Report on horse surra - Volume II, Part II
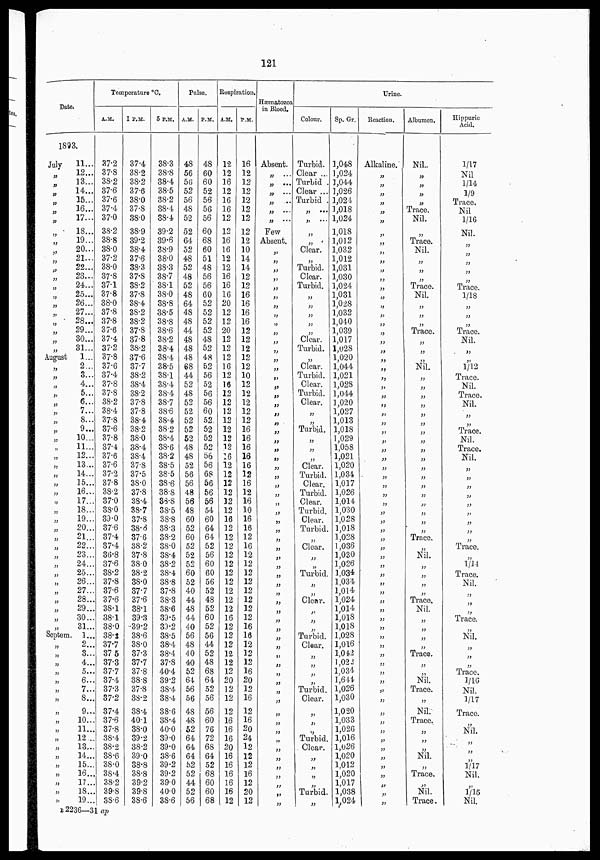
121
Date.
1893.
July
„
„
„
„
„
„
„
„
„
„
„
„
„
„
„
„
„
„
„
August
„
„
„
„
„
„
„
„
„
„
„
„
„
„
„
„
„
„
„
„
„
„
„
„
„
„
„
„
„
„
Septem
„
„
„
„
„
„
„
„
„
„
„
„
„
„
„
„
„
„
11...
12...
13...
14...
15...
16...
17...
18...
19...
20...
21...
22...
23...
24...
25...
26...
27...
28...
29...
30...
31...
1...
2...
3...
4...
5...
6...
7...
8...
9...
10...
11...
12...
13...
14...
15...
16...
17...
18...
19...
20...
21...
22...
23...
24...
25...
26...
27...
28...
29...
30...
31...
1...
2...
3...
4...
5...
6...
7...
8...
9...
10...
11...
12...
13...
14...
15...
16...
17..
18..
19...
Temperature °C.
A. M.
37.2
37.8
38.2
87.6
37.6
37.4
37.0
38.2
38.8
38.0
37.2
38.0
37.8
37.1
37.8
38.0
37.8
37.8
37.6
37.4
37.2
37.8
37.6
37.4
37.8
37.8
38.2
38.4
37.8
37.6
37.8
37.4
37.6
37.6
37.2
37.8
38.2
37.0
38.0
39.0
37.6
37.4
37.4
36.8
37.6
38.2
37.8
37.6
37.6
38.1
38.1
38.0
38.2
37.7
37 5
37.3
37.7
37.4
37.3
37.2
37.4
37.6
37.8
38.4
38.2
38.6
38.0
38.4
38.2
39.8
38.6
1 P.M.
37.4
38.2
38.2
37.6
38.0
37.8
38.0
38.9
39.2
38.4
37.6
38.3
37.8
38.2
37.8
38.4
38.2
38.2
37.8
37.8
38.2
37.6
37.7
38.2
38.4
38.2
37.8
37.8
38.4
38.2
38.0
38.4
38.4
37.8
37.5
38.0
37.8
38.4
38.7
37.8
38.6
37.6
38.2
37.8
38.0
38.2
38.0
37.7
37.6
38.1
39.3
39.2
38.6
38.0
37.3
37.7
37.8
38.8
37.8
38.2
38.4
40.1
38.0
39.2
38.2
39.0
38.8
38.8
39.2
39.8
38.6
5 P.M.
38.3
38.8
38.4
38.5
38.2
38.4
38.4
39.2
39.6
38.9
38.0
38.3
38.7
38.1
38.0
38.8
38.5
38.8
38.6
38.2
38.4
38.4
38.5
38.1
38.4
38.4
38.7
38.6
38.4
38.2
38.4
38.6
38.2
38.5
38.5
38.6
38.8
38.8
38.5
38.8
38.3
38.2
38.0
38.4
38.2
38.4
38.8
37.8
38.3
38.6
39.5
39.2
38.5
38.4
38.4
37.8
40.4
39.2
38.4
38.4
38.6
38.4
40.0
39.0
39.0
38.6
39.2
39.2
39.0
40.0
38.6
Pulse.
A.M.
48
56
56
52
56
48
52
52
64
52
48
52
48
52
48
64
48
48
44
48
48
48
68
44
52
48
52
52
52
52
52
48
48
52
56
56
48
56
48
60
52
60
52
52
52
60
52
40
44
48
44
40
56
48
40
40
52
64
56
56
48
48
52
64
64
64
52
52
44
52
56
P.M.
48
60
60
52
56
56
56
60
68
60
51
48
56
56
60
52
52
52
52
48
52
48
52
56
52
56
56
60
52
52
52
52
56
56
68
56
56
56
54
60
64
64
52
56
60
60
56
52
48
52
60
52
56
44
52
48
68
64
52
56
56
60
76
72
68
64
52
68
60
60
68
Respiration.
A.M.
12
12
16
12
16
16
12
12
16
16
12
12
16
16
16
20
12
12
20
12
12
12
16
12
16
12
12
12
12
12
12
12
16
12
12
12
12
12
12
16
12
12
12
12
12
12
12
12
12
12
16
12
12
12
12
12
12
20
12
12
12
16
16
16
20
16
16
16
16
16
12
P.M.
16
12
12
12
12
12
12
12
12
10
14
14
12
12
16
16
16
16
12
12
12
12
12
10
12
12
12
12
12
16
16
16
16
16
12
16
12
16
10
16
16
12
16
12
12
12
12
12
12
12
12
16
16
12
12
12
16
20
12
16
12
16
20
24
12
12
12
16
12
20
12
Hæmatozoa
in Blood.
Absent.
„ ...
„ ...
„ ...
„ ...
„ ...
„ ...
Few
Absent.
„
„
„
„
„
„
„
„
„
„
„
„
„
„
„
„
„
„
„
„
„
„
„
„
„
„
„
„
„
„
„
„
„
„
„
„
„
„
„
„
„
„
„
„
„
„
„
„
„
„
„
„
„
„
„
„
„
„
„
„
„
„
Colour.
Turbid.
Clear ...
Turbid .
Clear ...
Turbid .
„ ...
„ ...
„ ...
„ ...
Clear.
„ ...
Turbid.
Clear.
Turbid.
„
„
„
„
„
Clear.
Turbid.
„
Clear.
Turbid.
Clear.
Turbid.
Clear.
„
„
Turbid.
„
„
„
Clear.
Turbid.
Clear.
Turbid.
Clear.
Turbid.
Clear.
Turbid.
„
Clear.
„
„
Turbid.
„
„
Clear.
„
„
„
Turbid.
Clear.
„
„
„
„
Turbid.
Clear.
„
„
„
Turbid.
Clear.
„
„
„
„
Turbid.
„
Sp. Gr.
1,048
1,024
1,044
1,026
1,024
1,018
1,024
1,018
1,012
1,032
1,012
1,031
1,030
1,024
1,031
1,028
1,032
1,040
1,039
1,017
1,028
1,020
1,044
1,021
1,028
1,044
1,020
1,027
1,013
1,018
1,029
1,058
1,021
1,020
1,034
1,017
1,026
1,014
1,030
1,028
1,018
1,028
1,036
1,030
1,026
1,034
1,034
1,014
1,024
1,014
1,018
1,018
1,028
1,016
1,042
1,022
1,034
1,644
1,026
1,030
1,020
1,033
1,026
1,016
1,026
1,020
1,012
1,020
1,017
1,038
1,024
Urine.
Reaction.
Alkaline.
„
„
„
„
„
„
„
„
„
„
„
„
„
„
„
„
„
„
„
„
„
„
„
„
„
„
„
„
„
„
„
„
„
„
„
„
„
„
„
„
„
„
„
„
„
„
„
„
„
„
„
„
„
„
„
„
„
„
„
„
„
„
„
„
„
„
„
„
„
„
Albumen.
Nil..
„
„
„
„
Trace.
Nil.
„
Trace.
Nil.
„
„
„
Trace.
Nil.
„
„
„
Trace.
„
„
„
Nil.
„
„
„
„
„
„
„
„
„
„
„
„
„
„
„
„
„
„
Trace.
„
Nil.
„
„
„
J3
Trace.
Nil.
„
„
„
„
Trace.
,„
„
Nil.
Trace.
„
Nil.
Trace.
„
„
„
Nil.
„
Trace.
„
Nil.
Trace.
Hippuric
Acid.
1/17
Nil
1/14
1/9
Trace.
Nil
1/16
Nil.
Trace.
1/18
„
„
„
Trace.
Nil.
„
„
1/12
Trace.
Nil.
Trace.
Nil.
„
Trace.
Nil.
Trace.
Nil.
„
„
„
„
„
„
„
„
„
Trace.
„
1/14
Trace.
Nil.
„
„
„
Trace.
„
Nil.
„
„
„
Trace.
1/16
Nil.
1/17
Trace.
Nil.
„
„
„
1/17
Nil.
„
1/15
Nil.
B 2236—31 ap